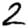
Digit: 2